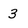
Character: 3